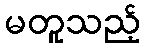
မတူသည့်